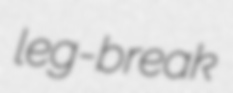
leg-break